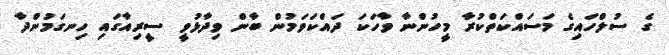
ގެ ސުލްހައިގެ މަސައްކަތްކުރާ މީހުންނާ ވާހަކަ ދައްކަވަމުން ބާން ވިދާޅުވީ ސީރިއާގައި ހިނގަމުންދާ